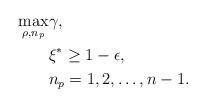
LaTeX: \begin{align*}\underset{\rho, n_p}{\max} &\gamma_{}, \\ &\xi^{\ast}\geq1-\epsilon, \\& n_p=1,2,\ldots,n-1. \end{align*}